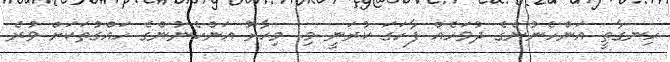
ހިނގާތީ އަންހެނުންގެ ދުވަހެއް ފާހަގަ ކުރަނީ މި. މިހާރު އަންހެނުންގެ ހައްގުތަކަށް ވުރެ